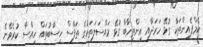
ކެމްޕެއިންތަކާ ގުޅޭ ހަރަދާއި އިންތިހާބާ ގުޅޭ މައްސަލަތަކުގެ ތަފާސް ހިސާބުތައް ހިއްސާ ކުރެވޭނެ